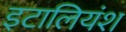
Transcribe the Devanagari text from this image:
इटालियंश